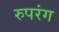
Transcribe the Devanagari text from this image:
रुपरंग